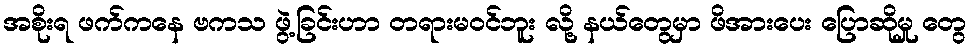
အစိုးရ ဖက်ကနေ ဗကသ ဖွဲ့ခြင်းဟာ တရားမဝင်ဘူး လို့ နယ်တွေမှာ ဖိအားပေး ပြောဆိုမှု တွေ